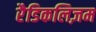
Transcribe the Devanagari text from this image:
रैडिकलिज़म